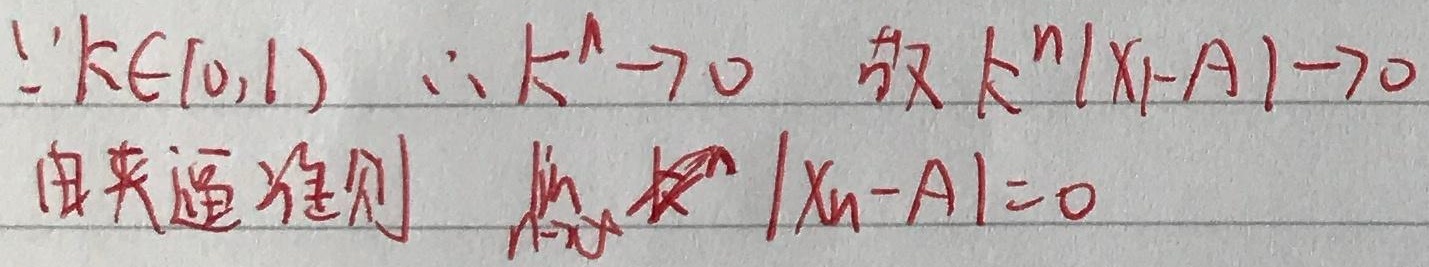
$\because k\in[0,1)$，$\therefore k^{n}\to 0$，故$k^{n}|x_1 - A|\to 0$。由夹逼准则，$\lim_{n \to \infty} |x_n - A| = 0$